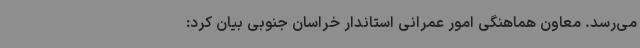
می‌رسد. معاون هماهنگی امور عمرانی استاندار خراسان جنوبی بیان کرد: